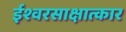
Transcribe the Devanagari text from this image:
ईश्वरसाक्षात्कार